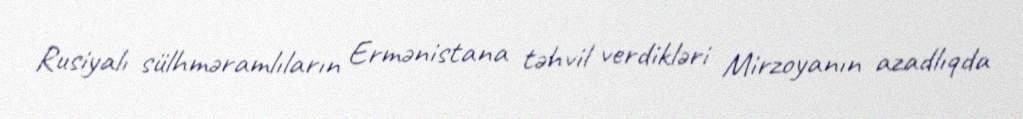
Rusiyalı sülhməramlıların Ermənistana təhvil verdikləri Mirzoyanın azadlıqda